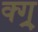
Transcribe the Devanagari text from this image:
क्ग्र्